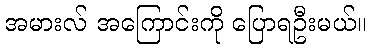
အမားလ် အကြောင်းကို ပြောရဦးမယ်။